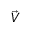
\vec { \boldsymbol { V } }